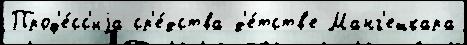
Проф'е́сс'иjа ср'е́дства д'е́тств'е Манг'ешкара